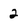
Character: 2